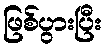
ဖြစ်ပွားပြီး